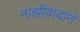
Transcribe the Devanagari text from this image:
नाझीवादाने